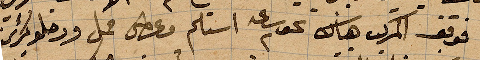
فوقف المركب هناك نحو ساعة ٢ استلم ... حمل ...